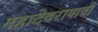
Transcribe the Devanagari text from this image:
महादेवरायाची